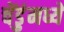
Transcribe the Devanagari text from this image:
चेंडुंमध्ये